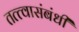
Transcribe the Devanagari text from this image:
तत्त्वासंबंधी